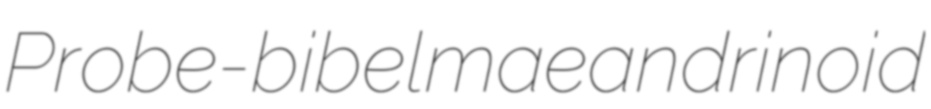
Probe-bibel maeandrinoid